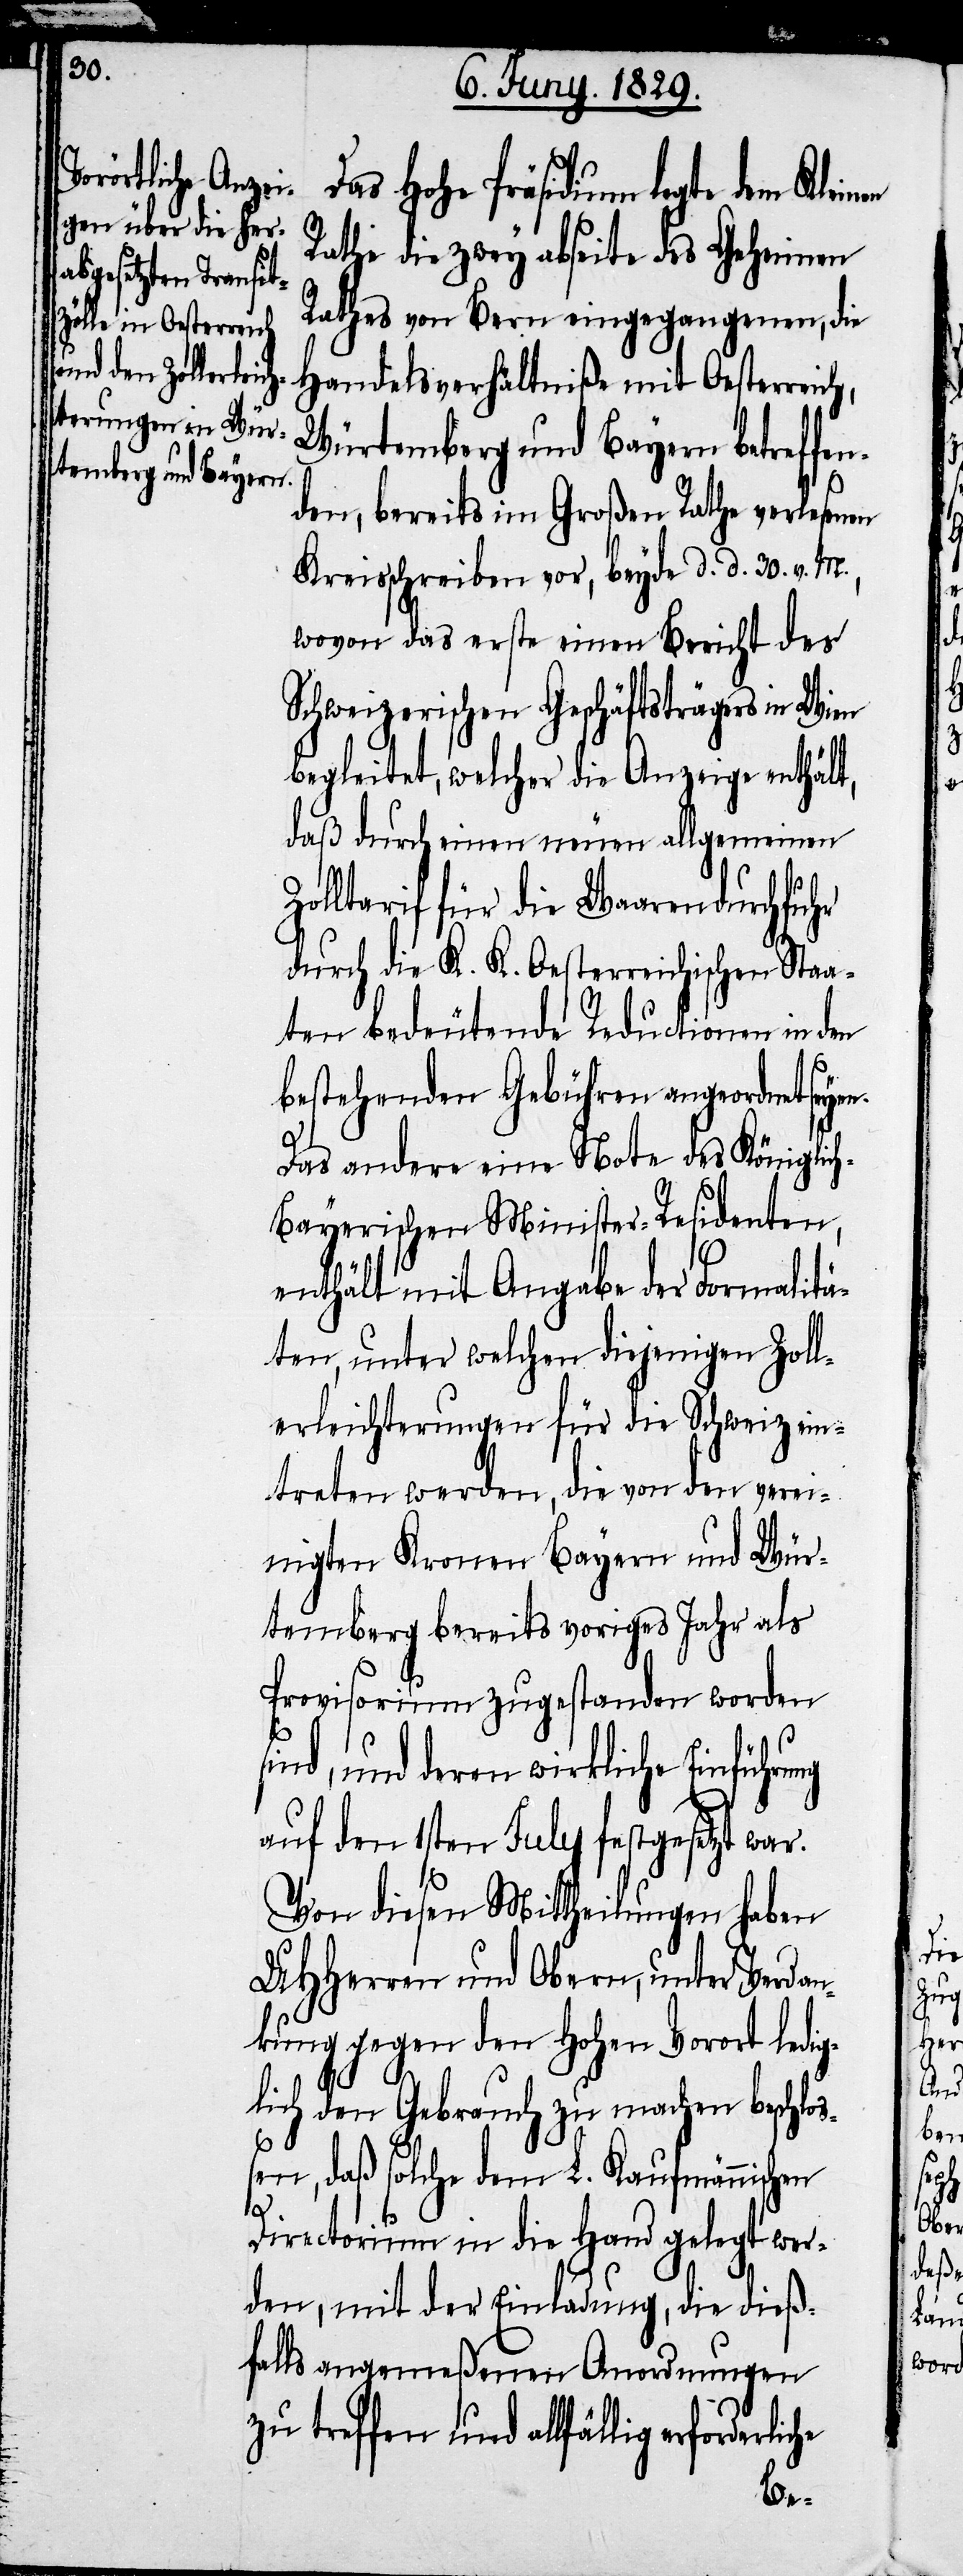
Das Hohe Präsidium legte dem
Rathe die zwey abseite des Geheimen
Rathes von Bern eingegangenen, die
Handelsverhältniße mit Oesterreich,
Würtemberg und Bayern betreffe¬
nden, bereits im Großen Rathe verlesenen
Kreisschreiben vor, beyde d. d. 30. v. M.,
wovon das erste einen Bericht des
Schweizerischen Geschäftsträgers in Wien
begleitet, welcher die Anzeige enthält,
daß durch einen neuen allgemeinen
Zolltarif für die Waarendurchfuhr
durch die K. K. Oesterreichischen Staa¬
ten bedeutende Reductionen in den
bestehenden Gebühren angeordnet seye¬
Das andere eine Note des Königlic¬
h-Bayerischen Minister-Residenten,
enthält mit Angabe der Formalitä¬
ten, unter welchen diejenigen Zoll¬
erleichterungen für die Schweiz ein¬
treten werden, die von den verei¬
nigten Kronen Bayern und Wür¬
temberg bereits voriges Jahr als
Provisorium zugestanden worden
sind, und deren wirkliche Einführu¬
auf den 1sten July festgesetzt war.
Von diesen Mittheilungen haben
UHHerren und Obern, unter Verdan¬
kung gegen den Hohen Vorort ledig¬
lich den Gebrauch zu machen beschlo¬
ßen, daß solche dem L. Kaufmännischen
iche
Directorium in die Hand gelegt wer¬
den, mit der Einladung, die dieß¬
falls angemeßenen Anordnungen
zu treffen und allfällig erforderl¬